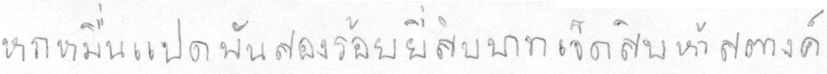
หกหมื่นแปดพันสองร้อยยี่สิบบาทเจ็ดสิบห้าสตางค์